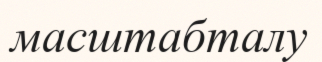
масштабталу